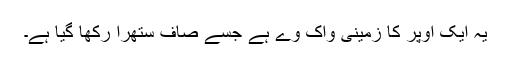
یہ ایک اوپر کا زمینی واک وے ہے جسے صاف ستھرا رکھا گیا ہے۔